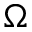
\Omega